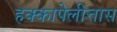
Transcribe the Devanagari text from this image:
हक्कापेलीत्तास